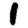
Digit: 1